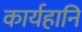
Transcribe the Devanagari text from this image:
कार्यहानि